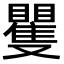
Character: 矍